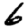
Digit: 6